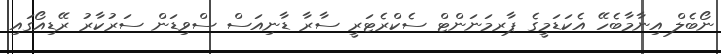
ނޯބެލް އިނާމާބެހޭ އެކަޑަމީގެ ޕާރމަނަންޓް ސެކްރެޓަރީ ސާރާ ޑާނިއަސް ސްވިޑަން ސަރުކާރު ރޭޑިއޯގައި